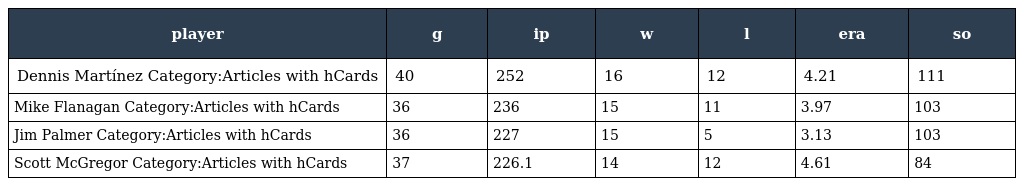
| player | g | ip | w | l | era | so |
 | --- | --- | --- | --- | --- | --- | --- |
 | Dennis Martínez Category:Articles with hCards | 40 | 252 | 16 | 12 | 4.21 | 111 |
 | Mike Flanagan Category:Articles with hCards | 36 | 236 | 15 | 11 | 3.97 | 103 |
 | Jim Palmer Category:Articles with hCards | 36 | 227 | 15 | 5 | 3.13 | 103 |
 | Scott McGregor Category:Articles with hCards | 37 | 226.1 | 14 | 12 | 4.61 | 84 |